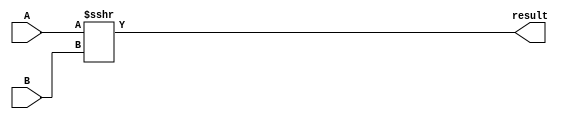
module sra (
    input [31:0] A,
    input [31:0] B,
    output [31:0] result
);
    assign result = A >>> B;
endmodule